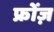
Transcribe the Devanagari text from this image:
फ्रोंज़